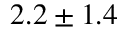
2 . 2 \pm 1 . 4